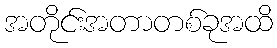
အတိုင်းအတာတစ်ခုအထိ